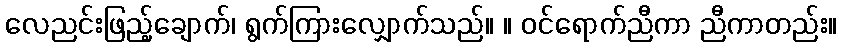
လေညင်းဖြည့်ချောက်၊ ရွက်ကြားလျှောက်သည်။ ။ ဝင်ရောက်ညီကာ ညီကာတည်း။